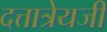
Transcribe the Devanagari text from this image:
दत्तात्रेयजी